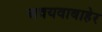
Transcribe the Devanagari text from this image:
अवयवाबाहेर